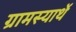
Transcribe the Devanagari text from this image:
ग्रामस्यार्थे